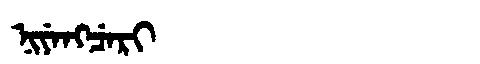
Manchu: ᠨᡳᠶᡝᠩᠴᡝᡵᡳ
Romanization: NIYENGCERI